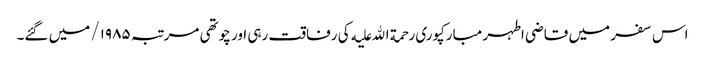
اس سفر میں قاضی اطہر مبارکپوری رحمة الله علیه کی رفاقت رہی اور چوتھی مرتبہ ۱۹۸۵/ میں گئے۔